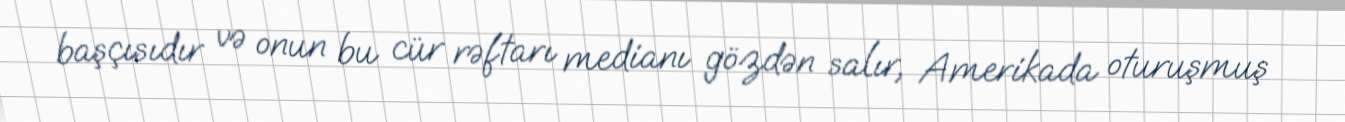
başçısıdır və onun bu cür rəftarı medianı gözdən salır, Amerikada oturuşmuş